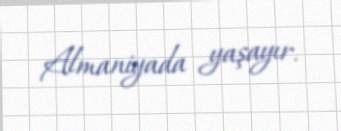
Almaniyada yaşayır.